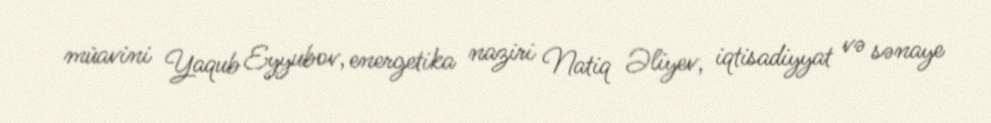
müavini Yaqub Eyyubov, energetika naziri Natiq Əliyev, iqtisadiyyat və sənaye